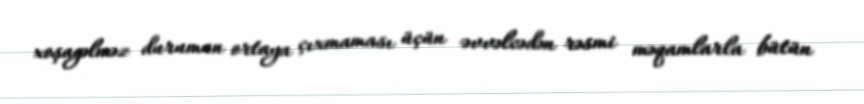
xoşagəlməz durumun ortaya çıxmaması üçün əvvəlcədən rəsmi məqamlarla bütün